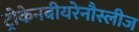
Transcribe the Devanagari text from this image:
ट्रोकेनबीयरेनौस्लीज